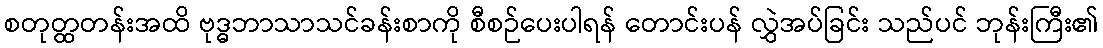
စတုတ္ထတန်းအထိ ဗုဒ္ဓဘာသာသင်ခန်းစာကို စီစဉ်ပေးပါရန် တောင်းပန် လွှဲအပ်ခြင်း သည်ပင် ဘုန်းကြီး၏